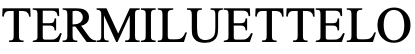
TERMILUETTELO